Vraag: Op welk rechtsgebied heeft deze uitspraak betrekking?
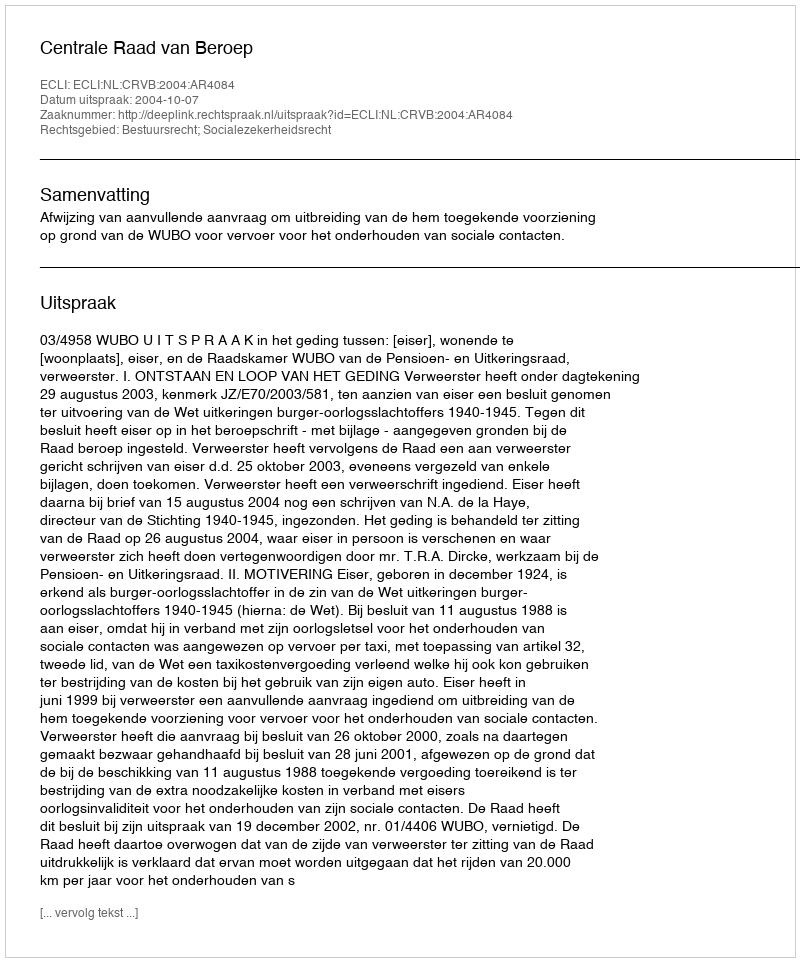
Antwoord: Bestuursrecht; Socialezekerheidsrecht